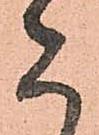
た